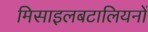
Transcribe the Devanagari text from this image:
मिसाइलबटालियनों